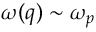
\omega ( q ) \sim \omega _ { p }